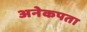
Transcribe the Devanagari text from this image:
अनेकपता